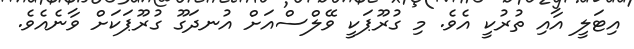
އިޓަލީ އާއި ތުރުކީ އެވެ. މި ގުރޫޕަކީ ވޭލްސްއަށް އުނދަގޫ ގުރޫޕަކަށް ވާނެއެވެ.